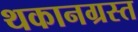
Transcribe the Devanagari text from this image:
थकानग्रस्त